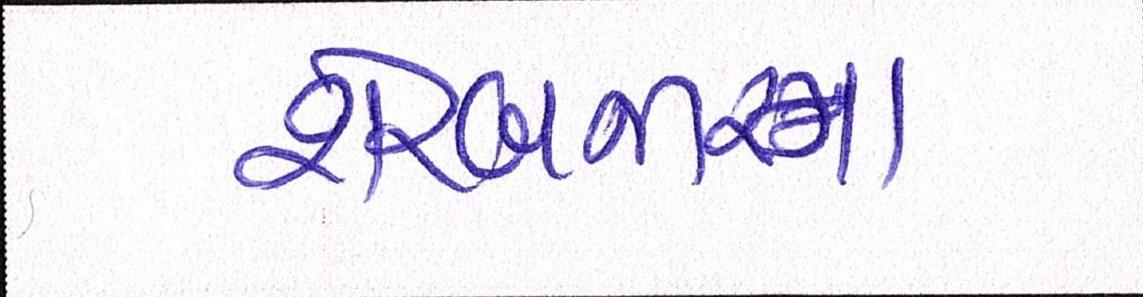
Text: શેરબજારના